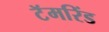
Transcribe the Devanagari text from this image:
टॅमरिंड